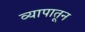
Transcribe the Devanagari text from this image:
व्यापातून